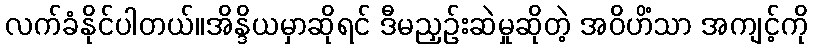
လက်ခံနိုင်ပါတယ်။အိန္ဒိယမှာဆိုရင် ဒီမညှဉ်းဆဲမှုဆိုတဲ့ အဝိဟိံသာ အကျင့်ကို